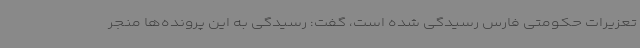
تعزیرات حکومتی فارس رسیدگی شده است، گفت: رسیدگی به این پرونده‌ها منجر